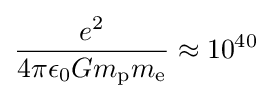
{\frac {e^{2}}{4\pi \epsilon _{0}Gm_{\text{p}}m_{\text{e}}}}\approx 10^{40}